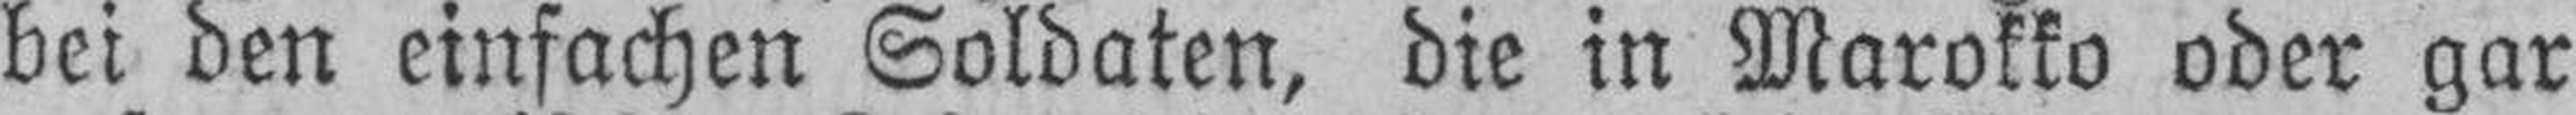
bei den einfachen Soldaten, die in Marokko oder gar